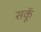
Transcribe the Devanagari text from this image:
सकॅू